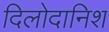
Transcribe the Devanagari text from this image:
दिलोदानिश